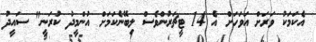
އެކަމަކު ވަރަށް އަވަހަށް އެ 14 ޓީޗަރުންވެސް ލިބޭނެކަމަށް އުންމީދު ކުރަނީ" ސައީދު